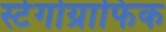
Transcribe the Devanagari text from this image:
स्टेगोग्राफिक